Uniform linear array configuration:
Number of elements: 12
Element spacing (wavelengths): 0.75
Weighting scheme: binomial
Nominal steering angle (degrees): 15
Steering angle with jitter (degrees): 14.644
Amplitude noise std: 0.05
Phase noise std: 0.05

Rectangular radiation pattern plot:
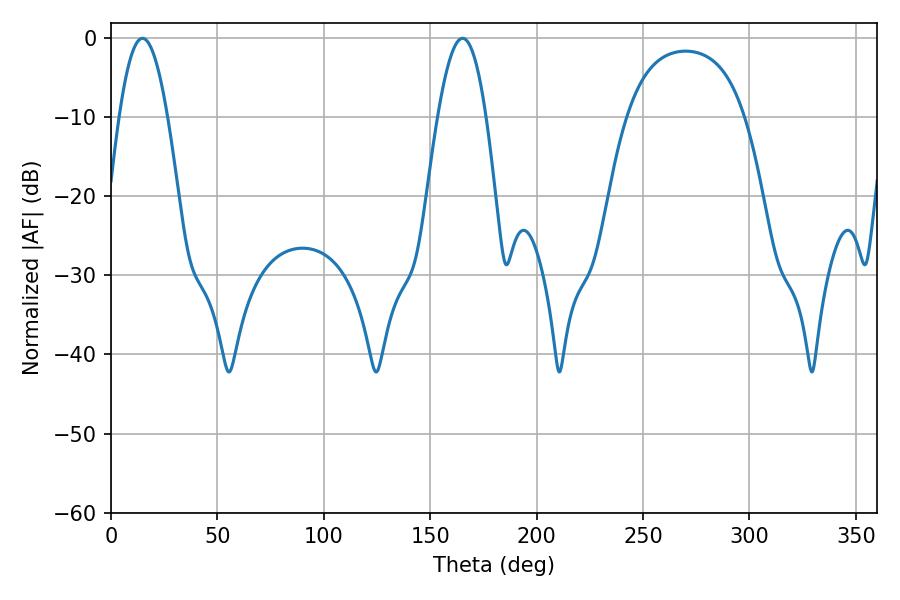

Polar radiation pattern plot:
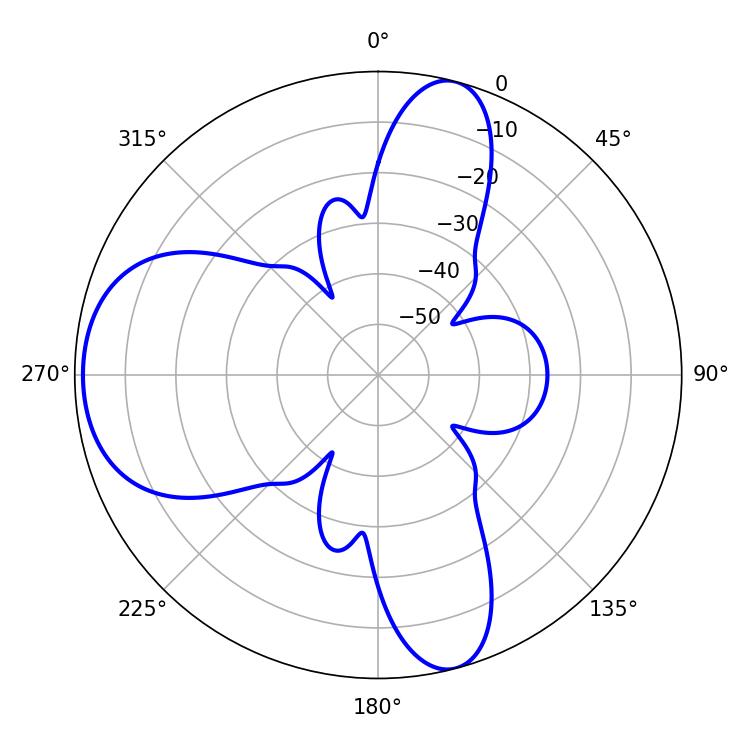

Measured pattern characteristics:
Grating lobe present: TRUE
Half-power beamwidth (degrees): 12.42
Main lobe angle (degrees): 14.76